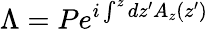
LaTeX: \Lambda=Pe^{i\int^{z}dz^{\prime}A_{z}(z^{\prime})}